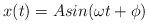
LaTeX: \begin{align*} x(t) = A sin (\omega t +\phi)\end{align*}